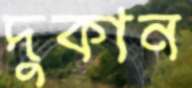
দুকান